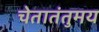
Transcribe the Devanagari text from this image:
चेतातंतुमय